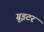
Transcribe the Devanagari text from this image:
ग्रुइटर